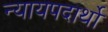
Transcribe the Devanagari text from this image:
न्यायपदार्थों